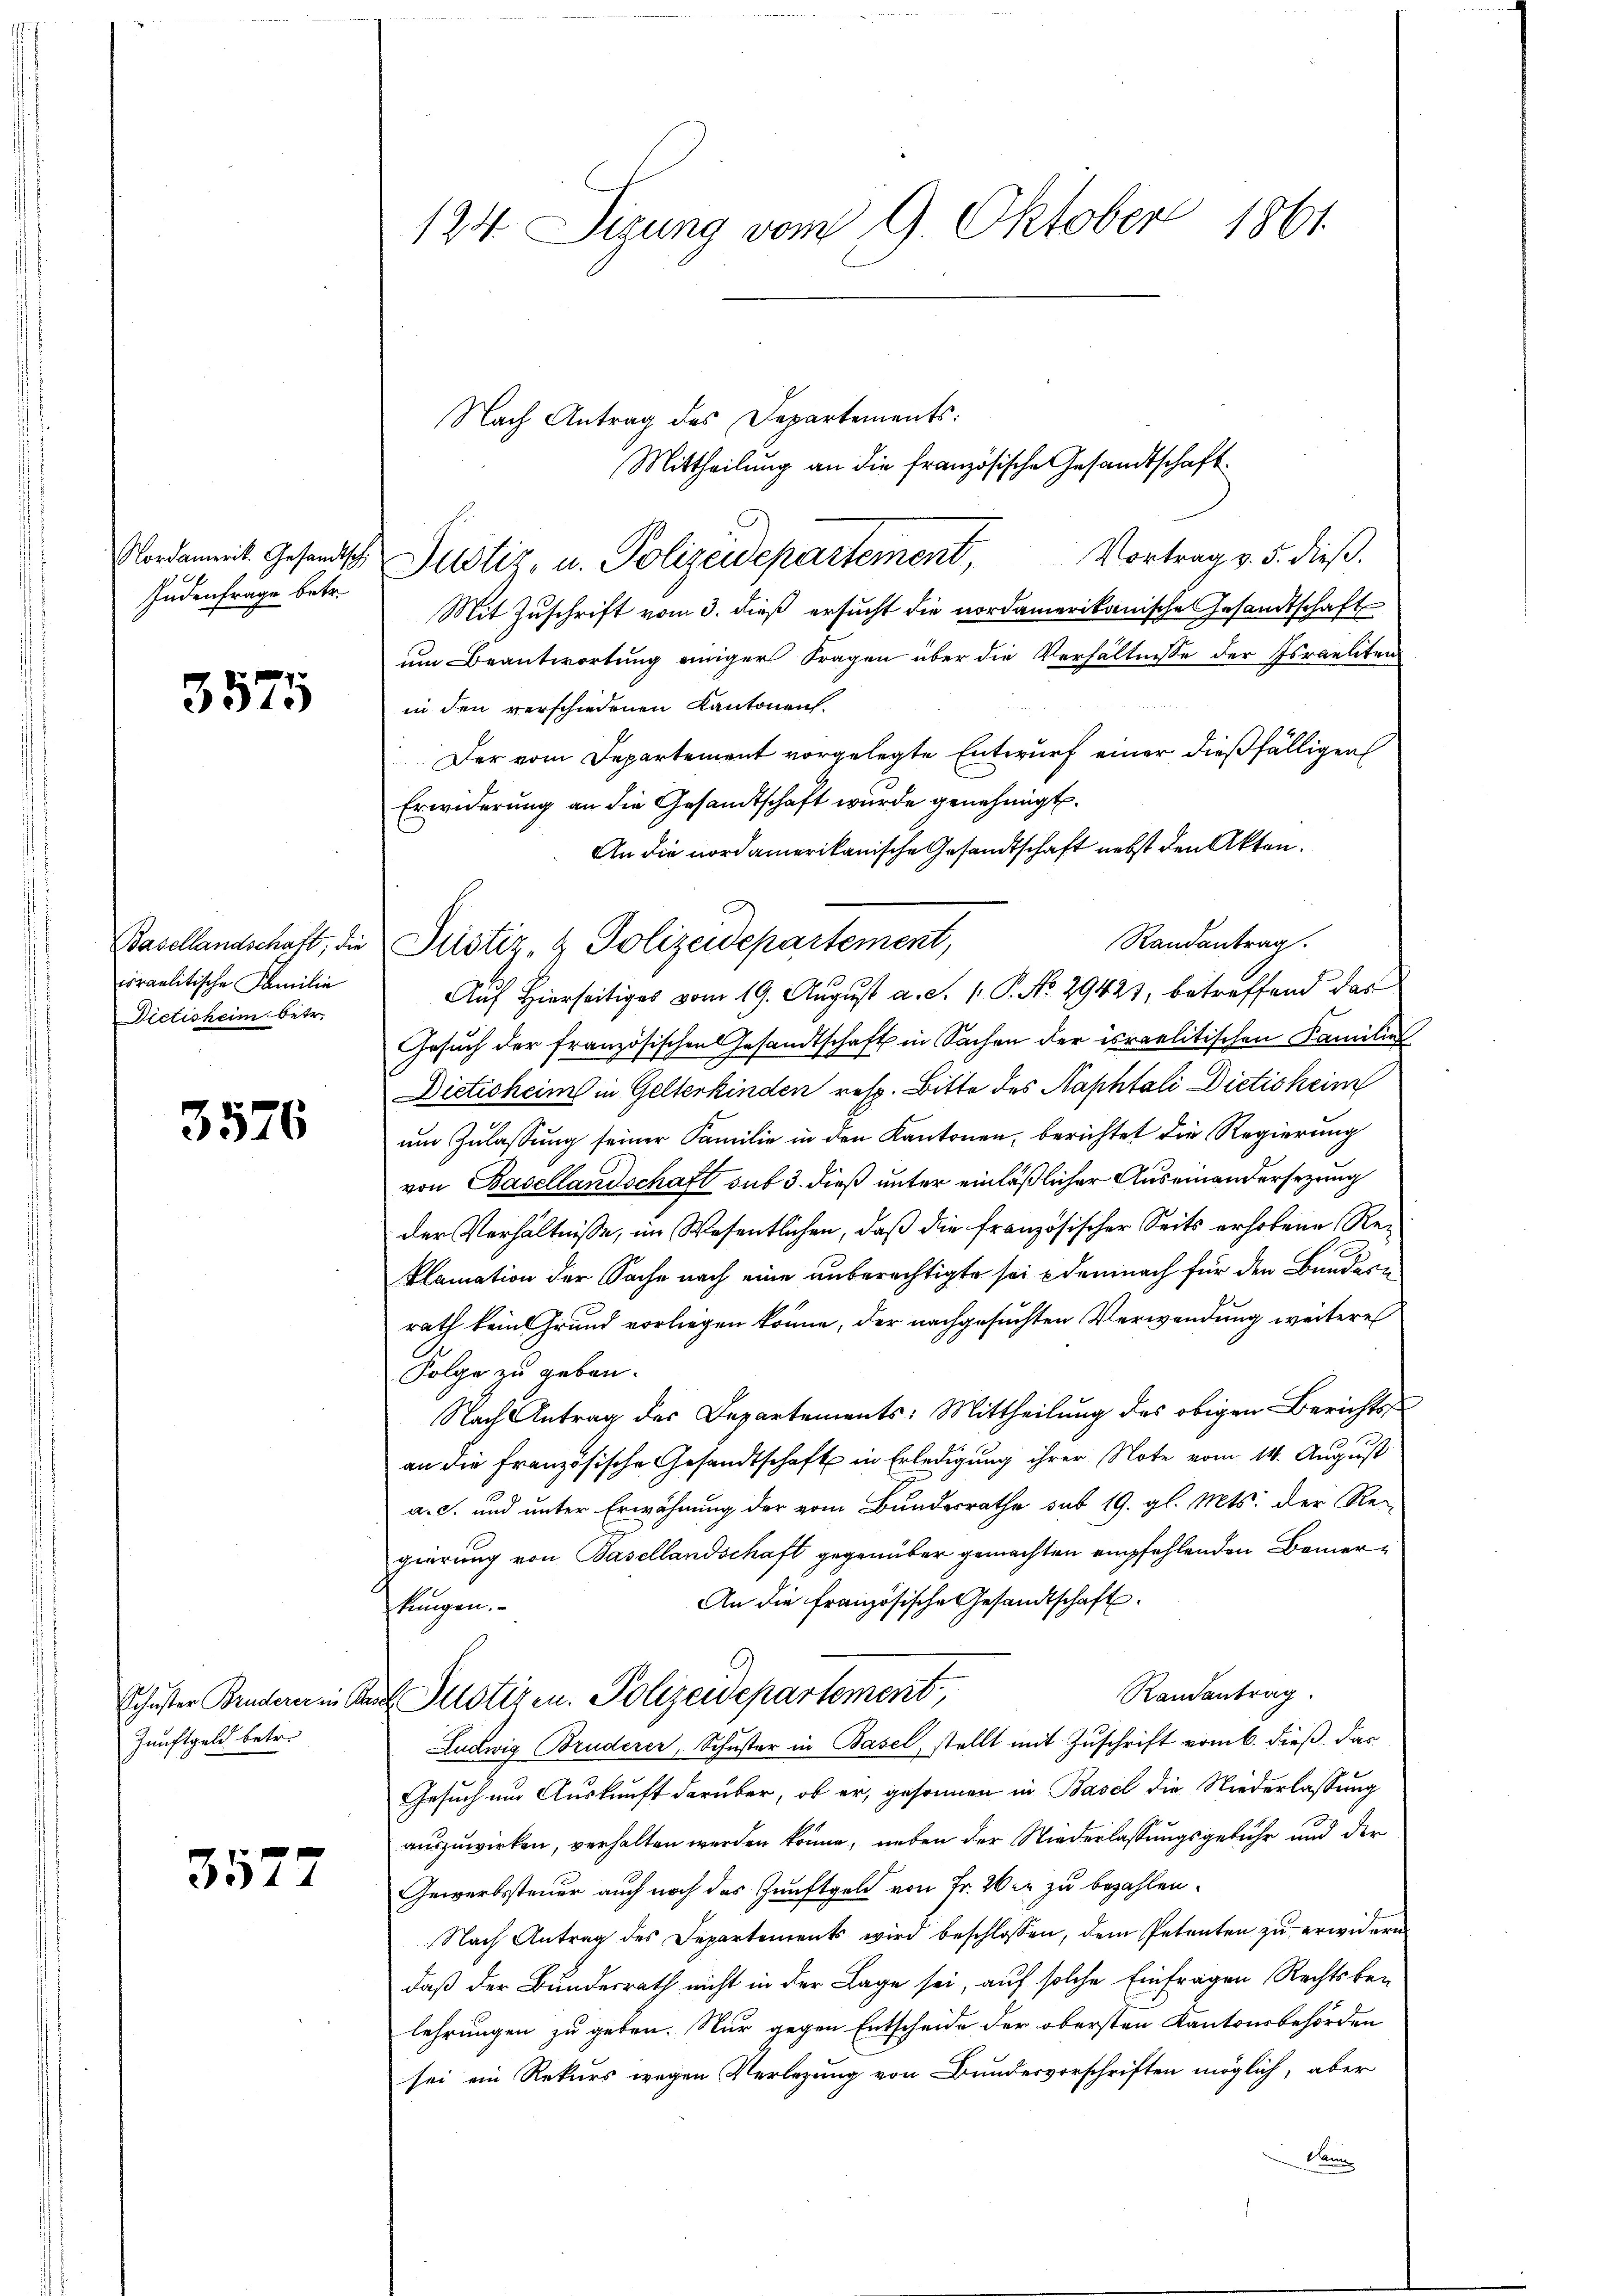
Nordamerik. Gesandtschi
Judenfrage betr.

3575

Basellandschaft, die
ioraelitische Familie
Dictisheim betr.

3576

Schuster Bruderer in An
Zunftgeld betr.

3572

Nach Antrag des Departements:
Mittheilung an die französische Gesandtschaft
Vortrag v. 5. dieß.
Mit Zuschrift vom 3. dieß ersucht die nordamerikanische Gesandtschaft
um Beantwortung einiger Fragen über die Verhältnisse der Israeliten
in den verschiedenen Kantonen.
Der vom Departement vorgelegte Entwurf einer dießfälligen
Erwiderung an die Gesandtschaft wurde genehmigt.
An die nordamerikanische Gesandtschaft nebst den Akten.
Randantrag.
Auf Hierseitiges vom 19. August a. S. 1. P. No 29423, betreffend das
Gesuch der französischen Gesandtschaft in Sachen der israelitischen Familie
Dietisheim in Gelterkinden resp. Bitte des Naphtali Dietisheim
um Zulassung seiner Familie in den Kantonen, berichtet die Regierung
von Basellandschaft sub 3. dieß unter einläßlicher Auseinandersezung
der Verhältnisse, im Wesentlichen, daß die französischer Seits erhobene Reklamation der Sache nach eine anberechtigte sei demnach für den Bundern
rath keine Grund vorliegen könne, der nachgesuchten Verwendung weitere
Folge zu geben.
Nach Antrag des Departements: Mittheilung des obigen Berichts
an die französische Gesandtschaft in Erledigung ihrer Note vom 14. August
a. c. und unter Erwähnung der vom Bundesrathe sub 19. gl. Mts. der Regierung von Basellandschaft gegenüber gemachten empfehlenden Bemer¬
An die französische Gesandtschaft
kungen.
Randantrag.
ch Justiren. Polizeidepartement,
Ludwig Bruderer, Schŭster in Basel stellt mit Zŭschrift vom 6. dieβ das
Gesuch um Auskunft darüber, ob er, gesonnen in Basel die Niederlassung
auszuwirken, verhalten werden könne, neben der Niederlassungsgebühr und der
Gewerbssteuer auch noch das Zunftgeld von Fr. 20 er zu bezahlen.
Nach Antrag des Departements wird beschlossen, dem Petenten zu erwidern
daß der Bundesrath nicht in der Lage sei, auf solche Einfragen Rechtsbelehrungen zu geben. Nur gegen Entscheide der obersten Kantonsbehörden
sei ein Rekurs wegen Verlegung von Bundesvorschriften möglich, aber
Dann

124 Sizung vom 9. Oktober 1861

Justiz, u. Polizeidepartement

Justiz- & Polizeidepartement,